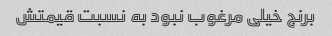
برنج خیلی مرغوب نبود به نسبت قیمتش